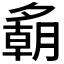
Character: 𪤾